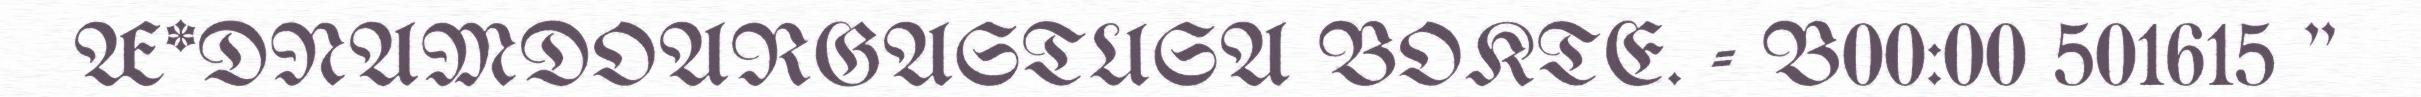
Æ*DNAMDOARGASTUSA BOKTE. - B00:00 501615 "